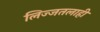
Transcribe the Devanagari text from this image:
लिज्जतलाही